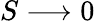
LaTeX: S\longrightarrow 0